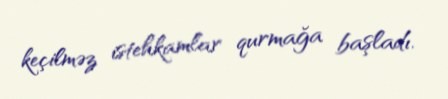
keçilməz istehkamlar qurmağa başladı.